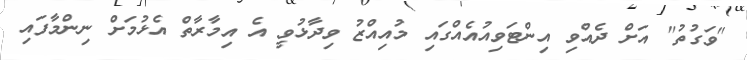
"ވަގުތު" އަށް ދެއްވި އިންޓަވިއުއެއްގައި މުއިއްޒު ވިދާޅުވީ އެ އިމާރާތް އެޅުމަށް ނިންމާފައި